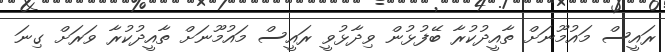
ރައީސް މައުމޫނަށް ތާއީދުކުރާ ބޭފުޅުން ވިދާޅުވީ ރައީސް މައުމޫނަށް ތާއީދުކުރާ ވަރަށް ގިނަ